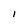
Character: I